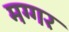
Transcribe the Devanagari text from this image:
मग्गर